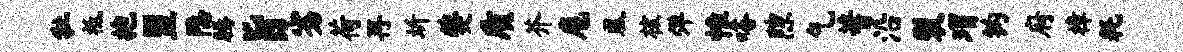
牡祗抱盟隐腾旨劣荷再圻夔质芥扈凰核弹惟嗒隙乞蓍沿裂瑁钩府樟耗